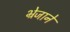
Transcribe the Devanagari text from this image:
भ्रेजाने